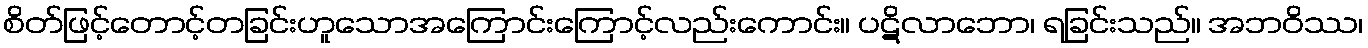
စိတ်ဖြင့်တောင့်တခြင်းဟူသောအကြောင်းကြောင့်လည်းကောင်း။ ပဋိလာဘော၊ ရခြင်းသည်။ အဘဝိဿ၊